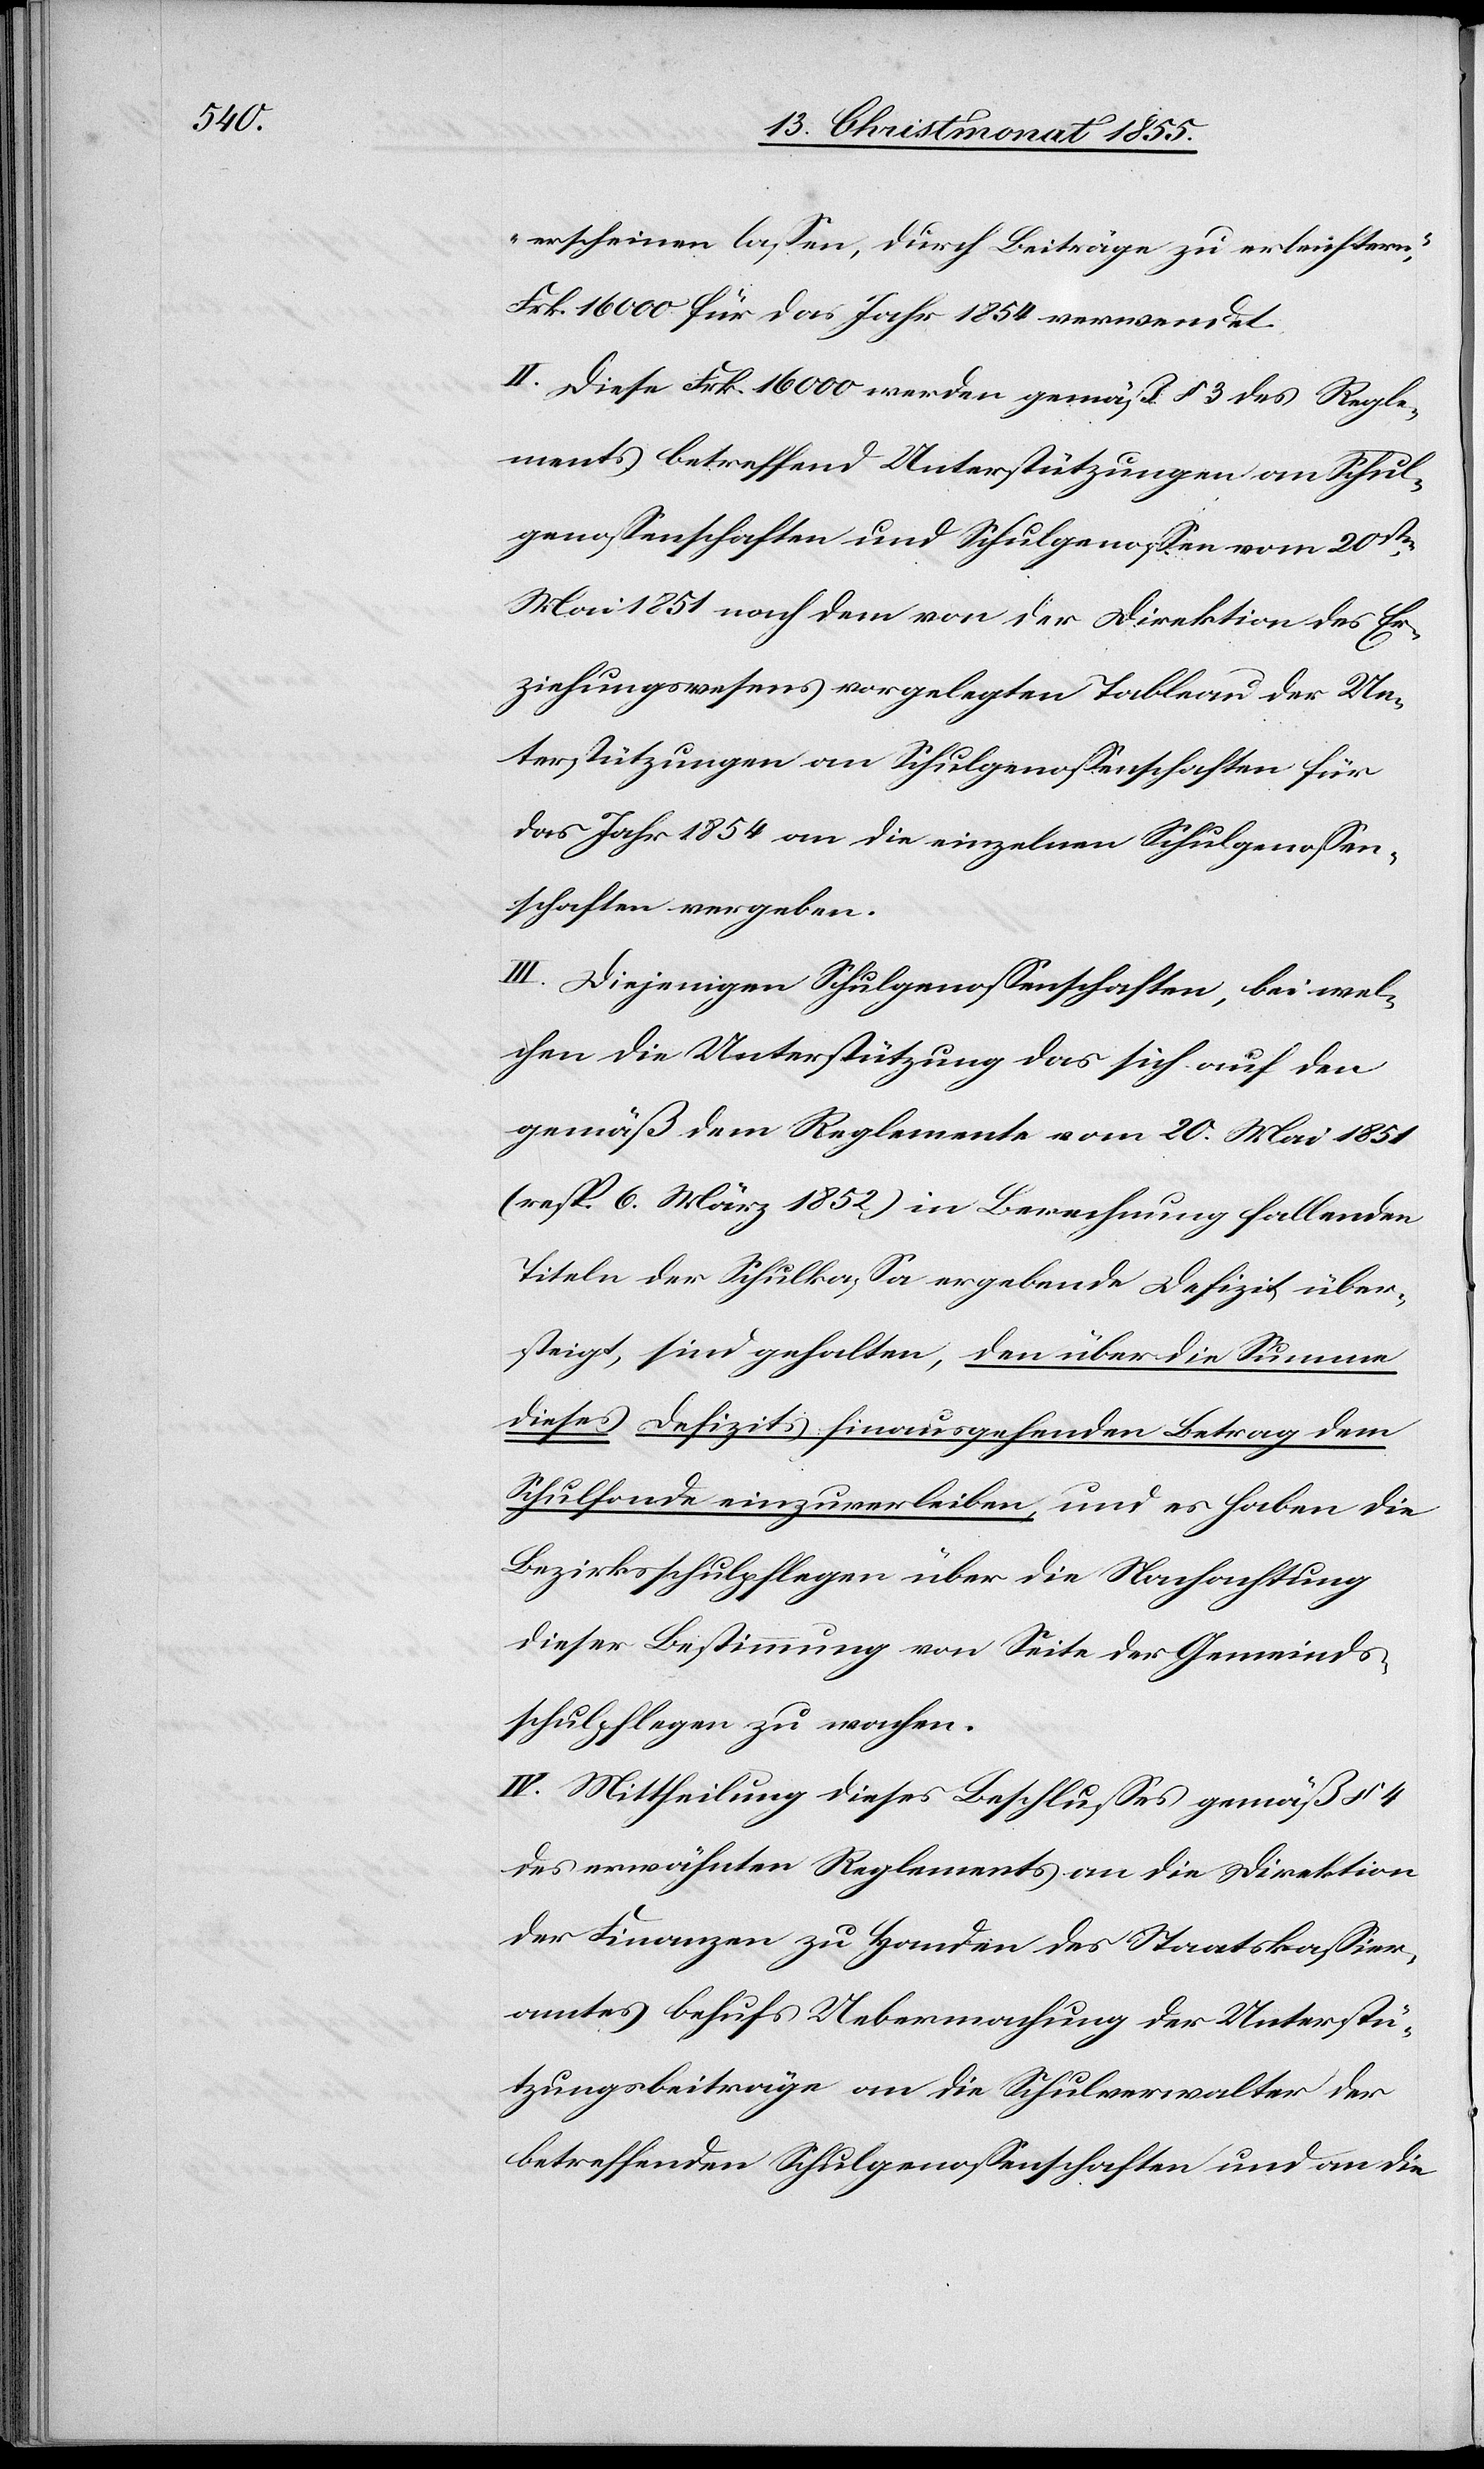
erscheinen lassen, durch Beiträge zu erleichtern,“
Frk. 16 000 für das Jahr 1854 verwendet.
II. Diese Frk. 16 000 werden gemäß § 3 des Regle¬
ments betreffend Unterstützungen an Schul¬
genossenschaften und Schulgenossen vom 20sten
Mai 1851 nach dem von der Direktion des Er¬
ziehungswesens vorgelegten Tableau der Un¬
terstützungen an Schulgenossenschaften für
das Jahr 1854 an die einzelnen Schulgenossen¬
schaften vergeben.
III. Diejenigen Schulgenossenschaften, bei wel¬
chen die Unterstützung das sich auf den
gemäß dem Reglemente vom 20. Mai 1851
(resp. 6. März 1852) in Berechnung fallenden
Titeln der Schulkassa ergebende Defizit über¬
steigt, sind gehalten, den über die Summe
dieses Defizits hinausgehenden Betrag dem
Schulfonde einzuverleiben, und es haben die
Bezirksschulpflegen über die Nachachtung
dieser Bestimmung von Seite der Gemeinds¬
schulpflegen zu wachen.
IV. Mittheilung dieses Beschlusses gemäß § 4
des erwähnten Reglements an die Direktion
der Finanzen zu Handen des Staatskassier¬
amtes behufs Uebermachung der Unterstü¬
tzungsbeiträge an die Schulverwalter der
betreffenden Schulgenossenschaften und an die